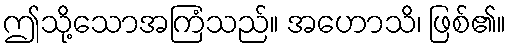
ဤသို့သောအကြံသည်။ အဟောသိ၊ ဖြစ်၏။